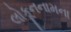
લોકૂનનામના